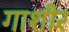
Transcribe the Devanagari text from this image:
गाशीर